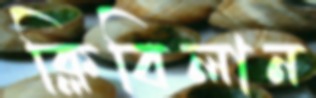
ক্লিবিলান